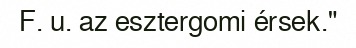
F. u. az esztergomi érsek."